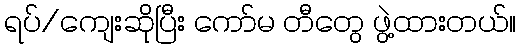
ရပ်/ကျေးဆိုပြီး ကော်မ တီတွေ ဖွဲ့ထားတယ်။